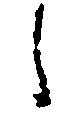
々